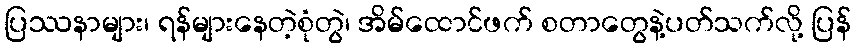
ပြဿနာများ၊ ရန်များနေတဲ့စုံတွဲ၊ အိမ်ထောင်ဖက် စတာတွေနဲ့ပတ်သက်လို့ ပြန်